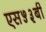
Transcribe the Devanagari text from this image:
एस५३बी